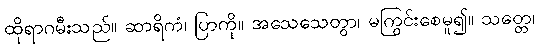
ထိုရာဂမီးသည်။ ဆာရိကံ၊ ပြာကို။ အသေသေတွာ၊ မကြွင်းစေမူ၍။ သတ္တေ၊